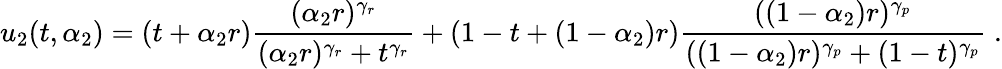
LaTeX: u_{2}(t,\alpha_{2})=(t+\alpha_{2}r)\frac{(\alpha_{2}r)^{\gamma_{r}}}{(\alpha_{2}r)^{\gamma_{r}}+t^{\gamma_{r}}}+\left(1-t+(1-\alpha_{2})r\right)\frac{((1-\alpha_{2})r)^{\gamma_{p}}}{((1-\alpha_{2})r)^{\gamma_{p}}+(1-t)^{\gamma_{p}}}\; .